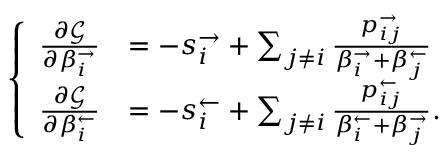
\left\{ \begin{array} { l l } { \frac { \partial \mathcal { G } } { \partial \beta _ { i } ^ { \rightarrow } } } & { = - s _ { i } ^ { \rightarrow } + \sum _ { j \neq i } \frac { p _ { i j } ^ { \rightarrow } } { \beta _ { i } ^ { \rightarrow } + \beta _ { j } ^ { \leftarrow } } } \\ { \frac { \partial \mathcal { G } } { \partial \beta _ { i } ^ { \leftarrow } } } & { = - s _ { i } ^ { \leftarrow } + \sum _ { j \neq i } \frac { p _ { i j } ^ { \leftarrow } } { \beta _ { i } ^ { \leftarrow } + \beta _ { j } ^ { \rightarrow } } . } \end{array} \right.